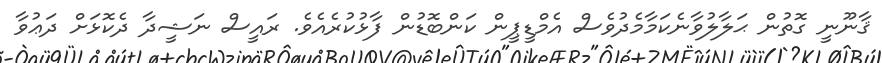
ޤާނޫނީ ގޮތުން ޙަލާލުވާނެކަމާމެދުވެސް އެމްޑީޕީން ކަންބޮޑުން ފާޅުކުރެއެވެ. ރައީސް ނަޝީދާ ދެކޮޅަށް ދަޢުވާ